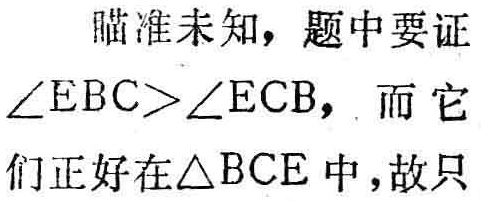
瞄准未知，题中要证

$\angle EBC>\angle ECB$，而它

们正好在$\triangle BCE$中，故只